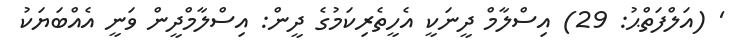
' (އަލްފަތްޙު: 29) އިސްލާމް ދީނަކީ އެހީތެރިކަމުގެ ދީން: އިސްލާމްދީން ވަނީ އެއްބަޔަކު